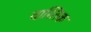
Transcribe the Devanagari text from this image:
वास्तिक